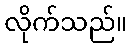
လိုက်သည်။